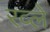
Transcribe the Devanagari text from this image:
रव्ले